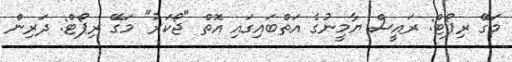
މަގޭ ރިޕޯޓް: ރައީސް ޔާމީނުގެ އަތްބައިގައި އޮތް "ޖޯކަރު" މަގޭ ރިޕޯޓް: ދަރިން